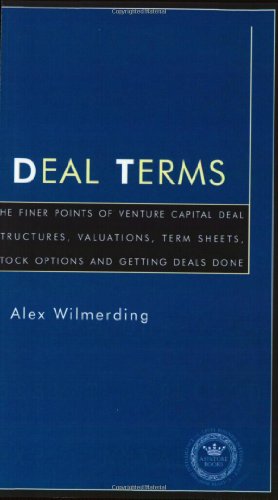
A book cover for Deal Terms - The Finer Points of Venture Capital Deal Structures, Valuations, Term Sheets, Stock Options and Getting VC Deals Done (Inside the Minds); Alex Wilmerding; Business & Money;